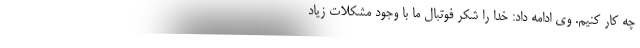
چه کار کنیم. وی ادامه داد: خدا را شکر فوتبال ما با وجود مشکلات زیاد